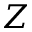
Z